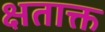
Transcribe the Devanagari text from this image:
क्षताक्त